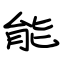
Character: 能